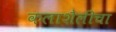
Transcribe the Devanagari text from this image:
कलाशैलीचा